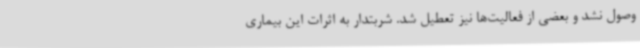
وصول نشد و بعضی از فعالیت‌ها نیز تعطیل شد. شربتدار به اثرات این بیماری